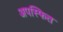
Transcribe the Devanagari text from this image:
अपस्फित